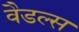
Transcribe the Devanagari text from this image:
वैडल्स